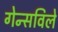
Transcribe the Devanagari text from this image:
गेन्सविले